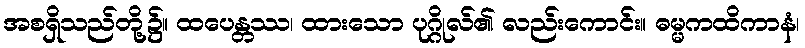
အစရှိသည်တို့၌။ ထပေန္တဿ၊ ထားသော ပုဂ္ဂိုလ်၏ လည်းကောင်း။ ဓမ္မကထိကာနံ၊